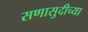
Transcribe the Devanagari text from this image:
सणासुदीच्या